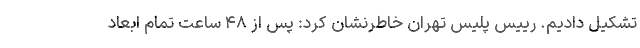
تشکیل دادیم. رییس پلیس تهران خاطرنشان کرد: پس از ۴۸ ساعت تمام ابعاد